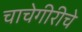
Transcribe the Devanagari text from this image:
चाचेगीरीचे